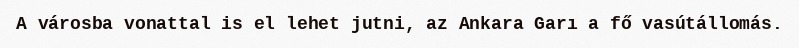
A városba vonattal is el lehet jutni, az Ankara Garı a fő vasútállomás.